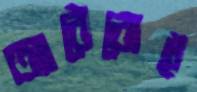
আঠেরোই